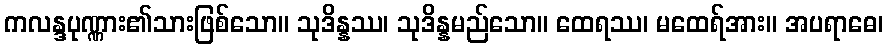
ကလန္ဒပုဏ္ဏား၏သားဖြစ်သော။ သုဒိန္နဿ၊ သုဒိန္နမည်သော။ ထေရဿ၊ မထေရ်အား။ အပရာဓေ၊